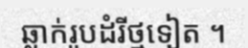
ឆ្លាក់រូបដំរីថ្មទៀត ។